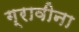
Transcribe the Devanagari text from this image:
ग्रावीना